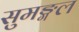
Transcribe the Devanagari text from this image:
सुमङ्गल